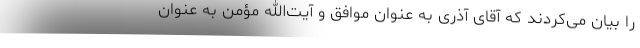
را بیان می‌کردند که آقای آذری به عنوان موافق و آیت‌الله مؤمن به عنوان